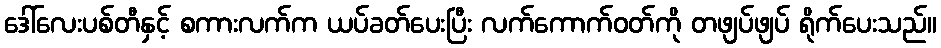
ဒေါ်လေးပစ်တီနှင့် စကားလက်က ယပ်ခတ်ပေးပြီး လက်ကောက်ဝတ်ကို တဖျပ်ဖျပ် ရိုက်ပေးသည်။